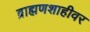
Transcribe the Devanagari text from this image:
ब्राह्मणशाहीवर